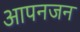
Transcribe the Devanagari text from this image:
आपनजन